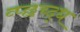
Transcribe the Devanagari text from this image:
व्प्छच्द्ध